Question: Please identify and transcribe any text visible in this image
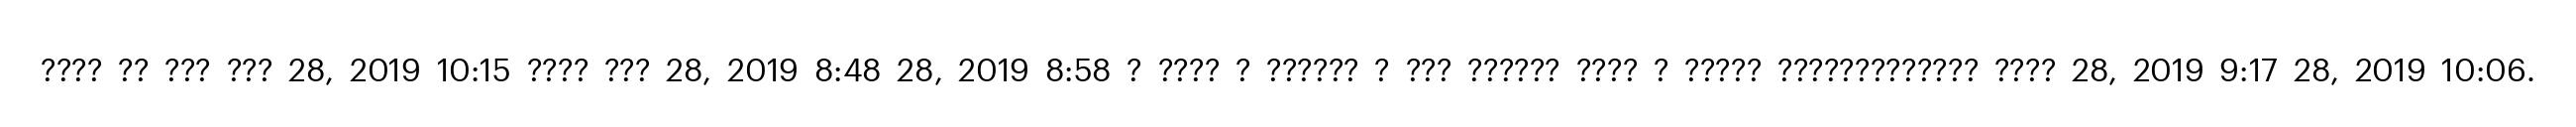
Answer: ???? ?? ??? ??? 28, 2019 10:15 ???? ??? 28, 2019 8:48 28, 2019 8:58 ? ???? ? ?????? ? ??? ?????? ???? ? ????? ????????????? ???? 28, 2019 9:17 28, 2019 10:06.